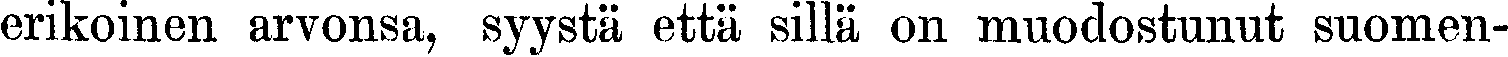
erikoinen arvonsa, syystä että sillä on muodostunut suomen-